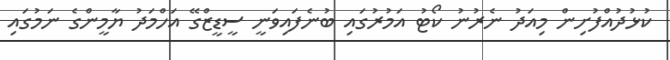
ކުޅުދުއްފުށިން މިއަދު ނެރުނު ކޯޓު އަމުރުގައި ބުނެފައިވަނީ ސީޑީޒްގޭ އަހްމަދު ޔާމީންގެ ނަމުގައި